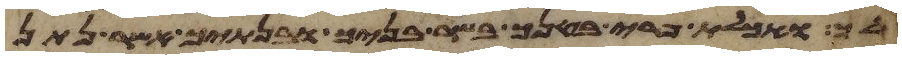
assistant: לך ואכלת פרי בטנך בשר בניך ובנתיך אשר נתן